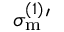
\sigma _ { \mathrm { m } } ^ { ( 1 ) } { } ^ { \prime }